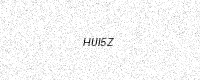
Text: HUI5Z